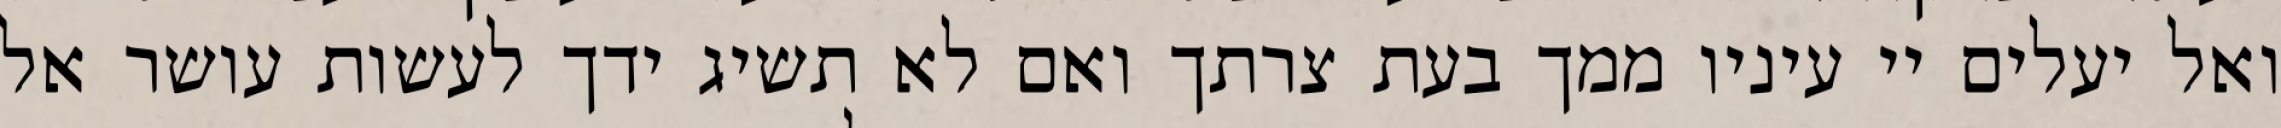
ואל יעלים יי עיניו ממך בעת צרתך ואם לא תשיג ידך לעשות עושר אל